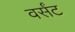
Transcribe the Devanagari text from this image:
वर्संट